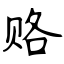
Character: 赂